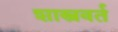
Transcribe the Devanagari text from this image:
शास्त्रवर्त